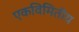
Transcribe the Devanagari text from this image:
एकविमितीय